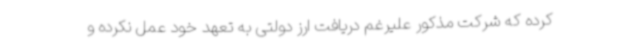
کرده که شرکت مذکور علیرغم دریافت ارز دولتی به تعهد خود عمل نکرده و